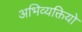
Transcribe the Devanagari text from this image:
अभिव्यक्तियो